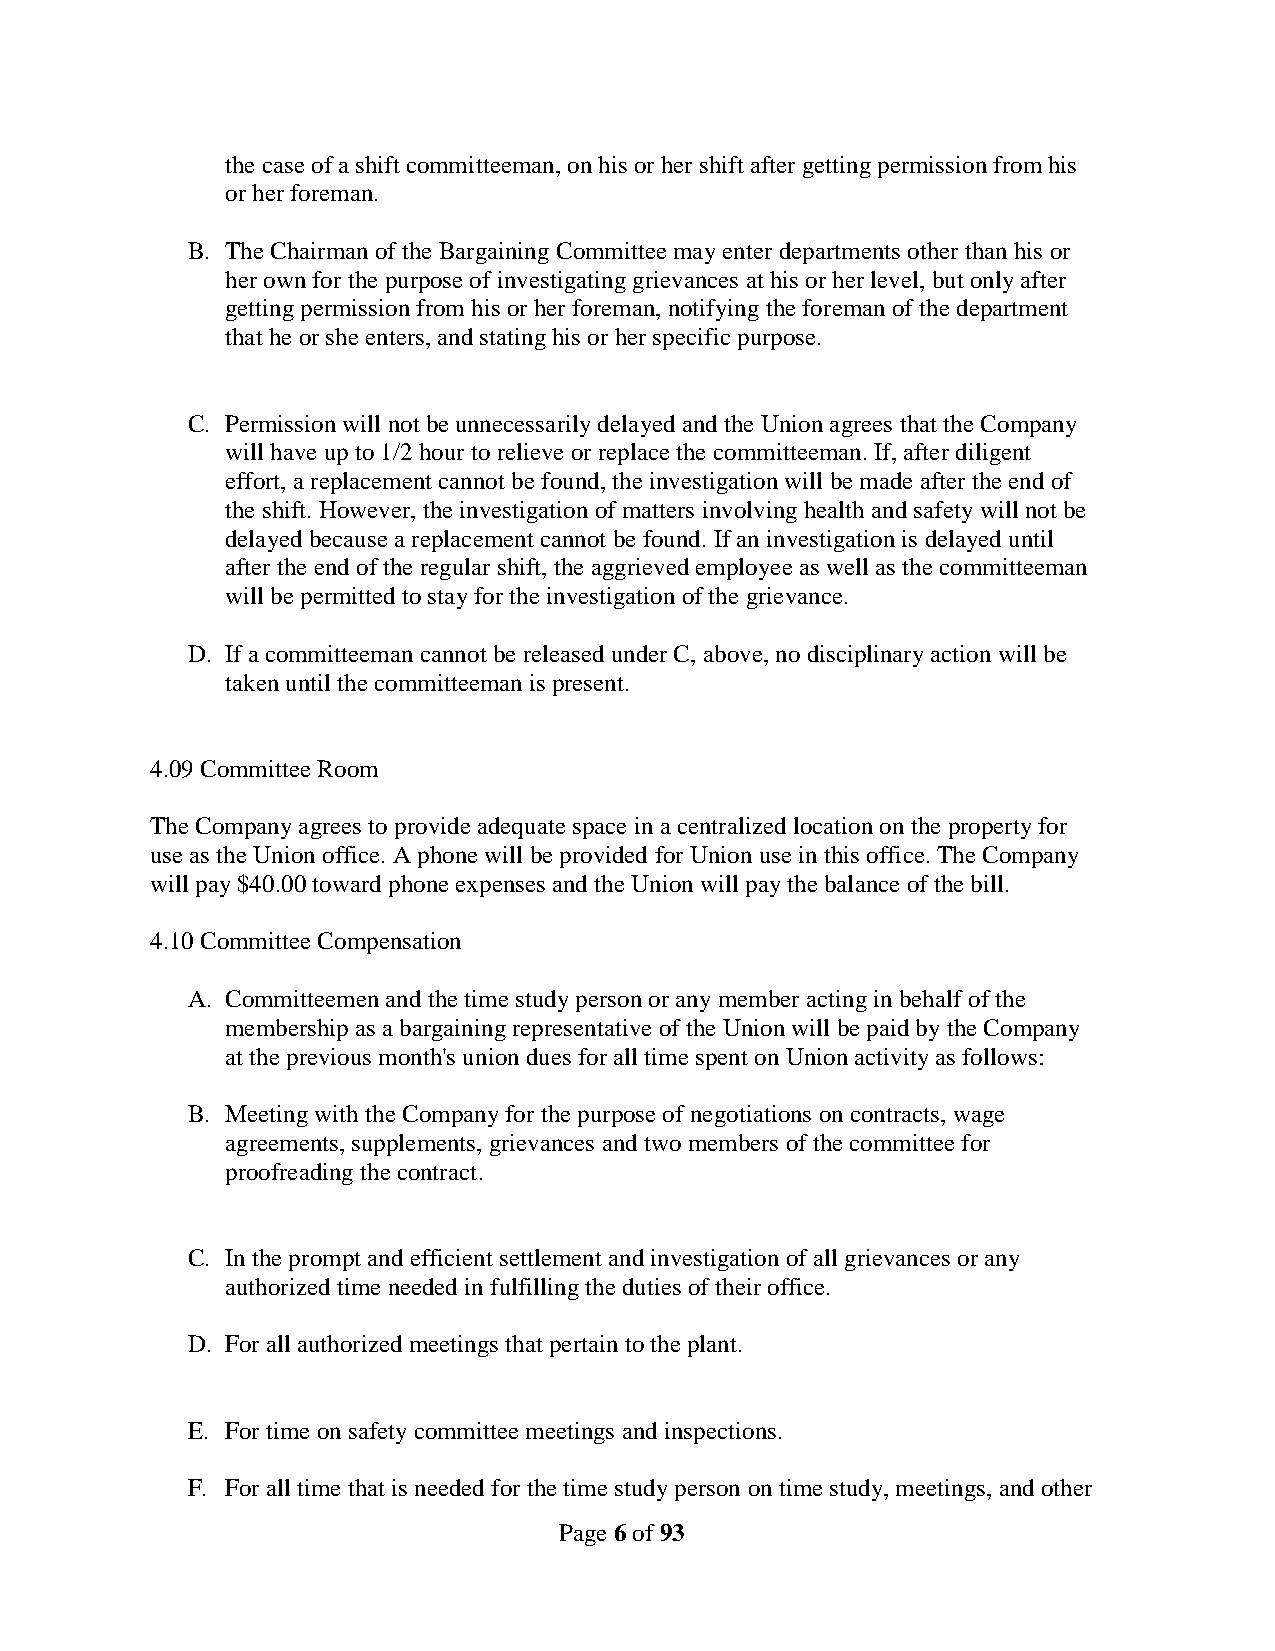
the case of a shift committeeman, on his or her shift after getting permission from his
 or her foreman.
 B. The Chairman of the Bargaining Committee may enter departments other than his or
 her own for the purpose of investigating grievances at his or her level, but only after
 getting permission from his or her foreman, notifying the foreman of the department
 that he or she enters, and stating his or her specific purpose.
 C. Permission will not be unnecessarily delayed and the Union agrees that the Company
 will have up to 1/2 hour to relieve or replace the committeeman. If, after diligent
 effort, a replacement cannot be found, the investigation will be made after the end of
 the shift. However, the investigation of matters involving health and safety will not be
 delayed because a replacement cannot be found. If an investigation is delayed until
 after the end of the regular shift, the aggrieved employee as well as the committeeman
 will be permitted to stay for the investigation of the grievance.
 D. If a committeeman cannot be released under C, above, no disciplinary action will be
 taken until the committeeman is present.
 4.09 Committee Room
 The Company agrees to provide adequate space in a centralized location on the property for
 use as the Union office. A phone will be provided for Union use in this office. The Company
 will pay $40.00 toward phone expenses and the Union will pay the balance of the bill.
 4.10 Committee Compensation
 A. Committeemen and the time study person or any member acting in behalf of the
 membership as a bargaining representative of the Union will be paid by the Company
 at the previous month's union dues for all time spent on Union activity as follows:
 B. Meeting with the Company for the purpose of negotiations on contracts, wage
 agreements, supplements, grievances and two members of the committee for
 proofreading the contract.
 C. In the prompt and efficient settlement and investigation of all grievances or any
 authorized time needed in fulfilling the duties of their office.
 D. For all authorized meetings that pertain to the plant.
 E. For time on safety committee meetings and inspections.
 F. For all time that is needed for the time study person on time study, meetings, and other
 Page 6 of 93